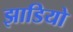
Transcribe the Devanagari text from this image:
झाडियो